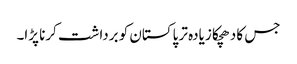
جس کا دھچکا زیادہ تر پاکستان کو برداشت کرنا پڑا۔